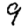
Digit: 9